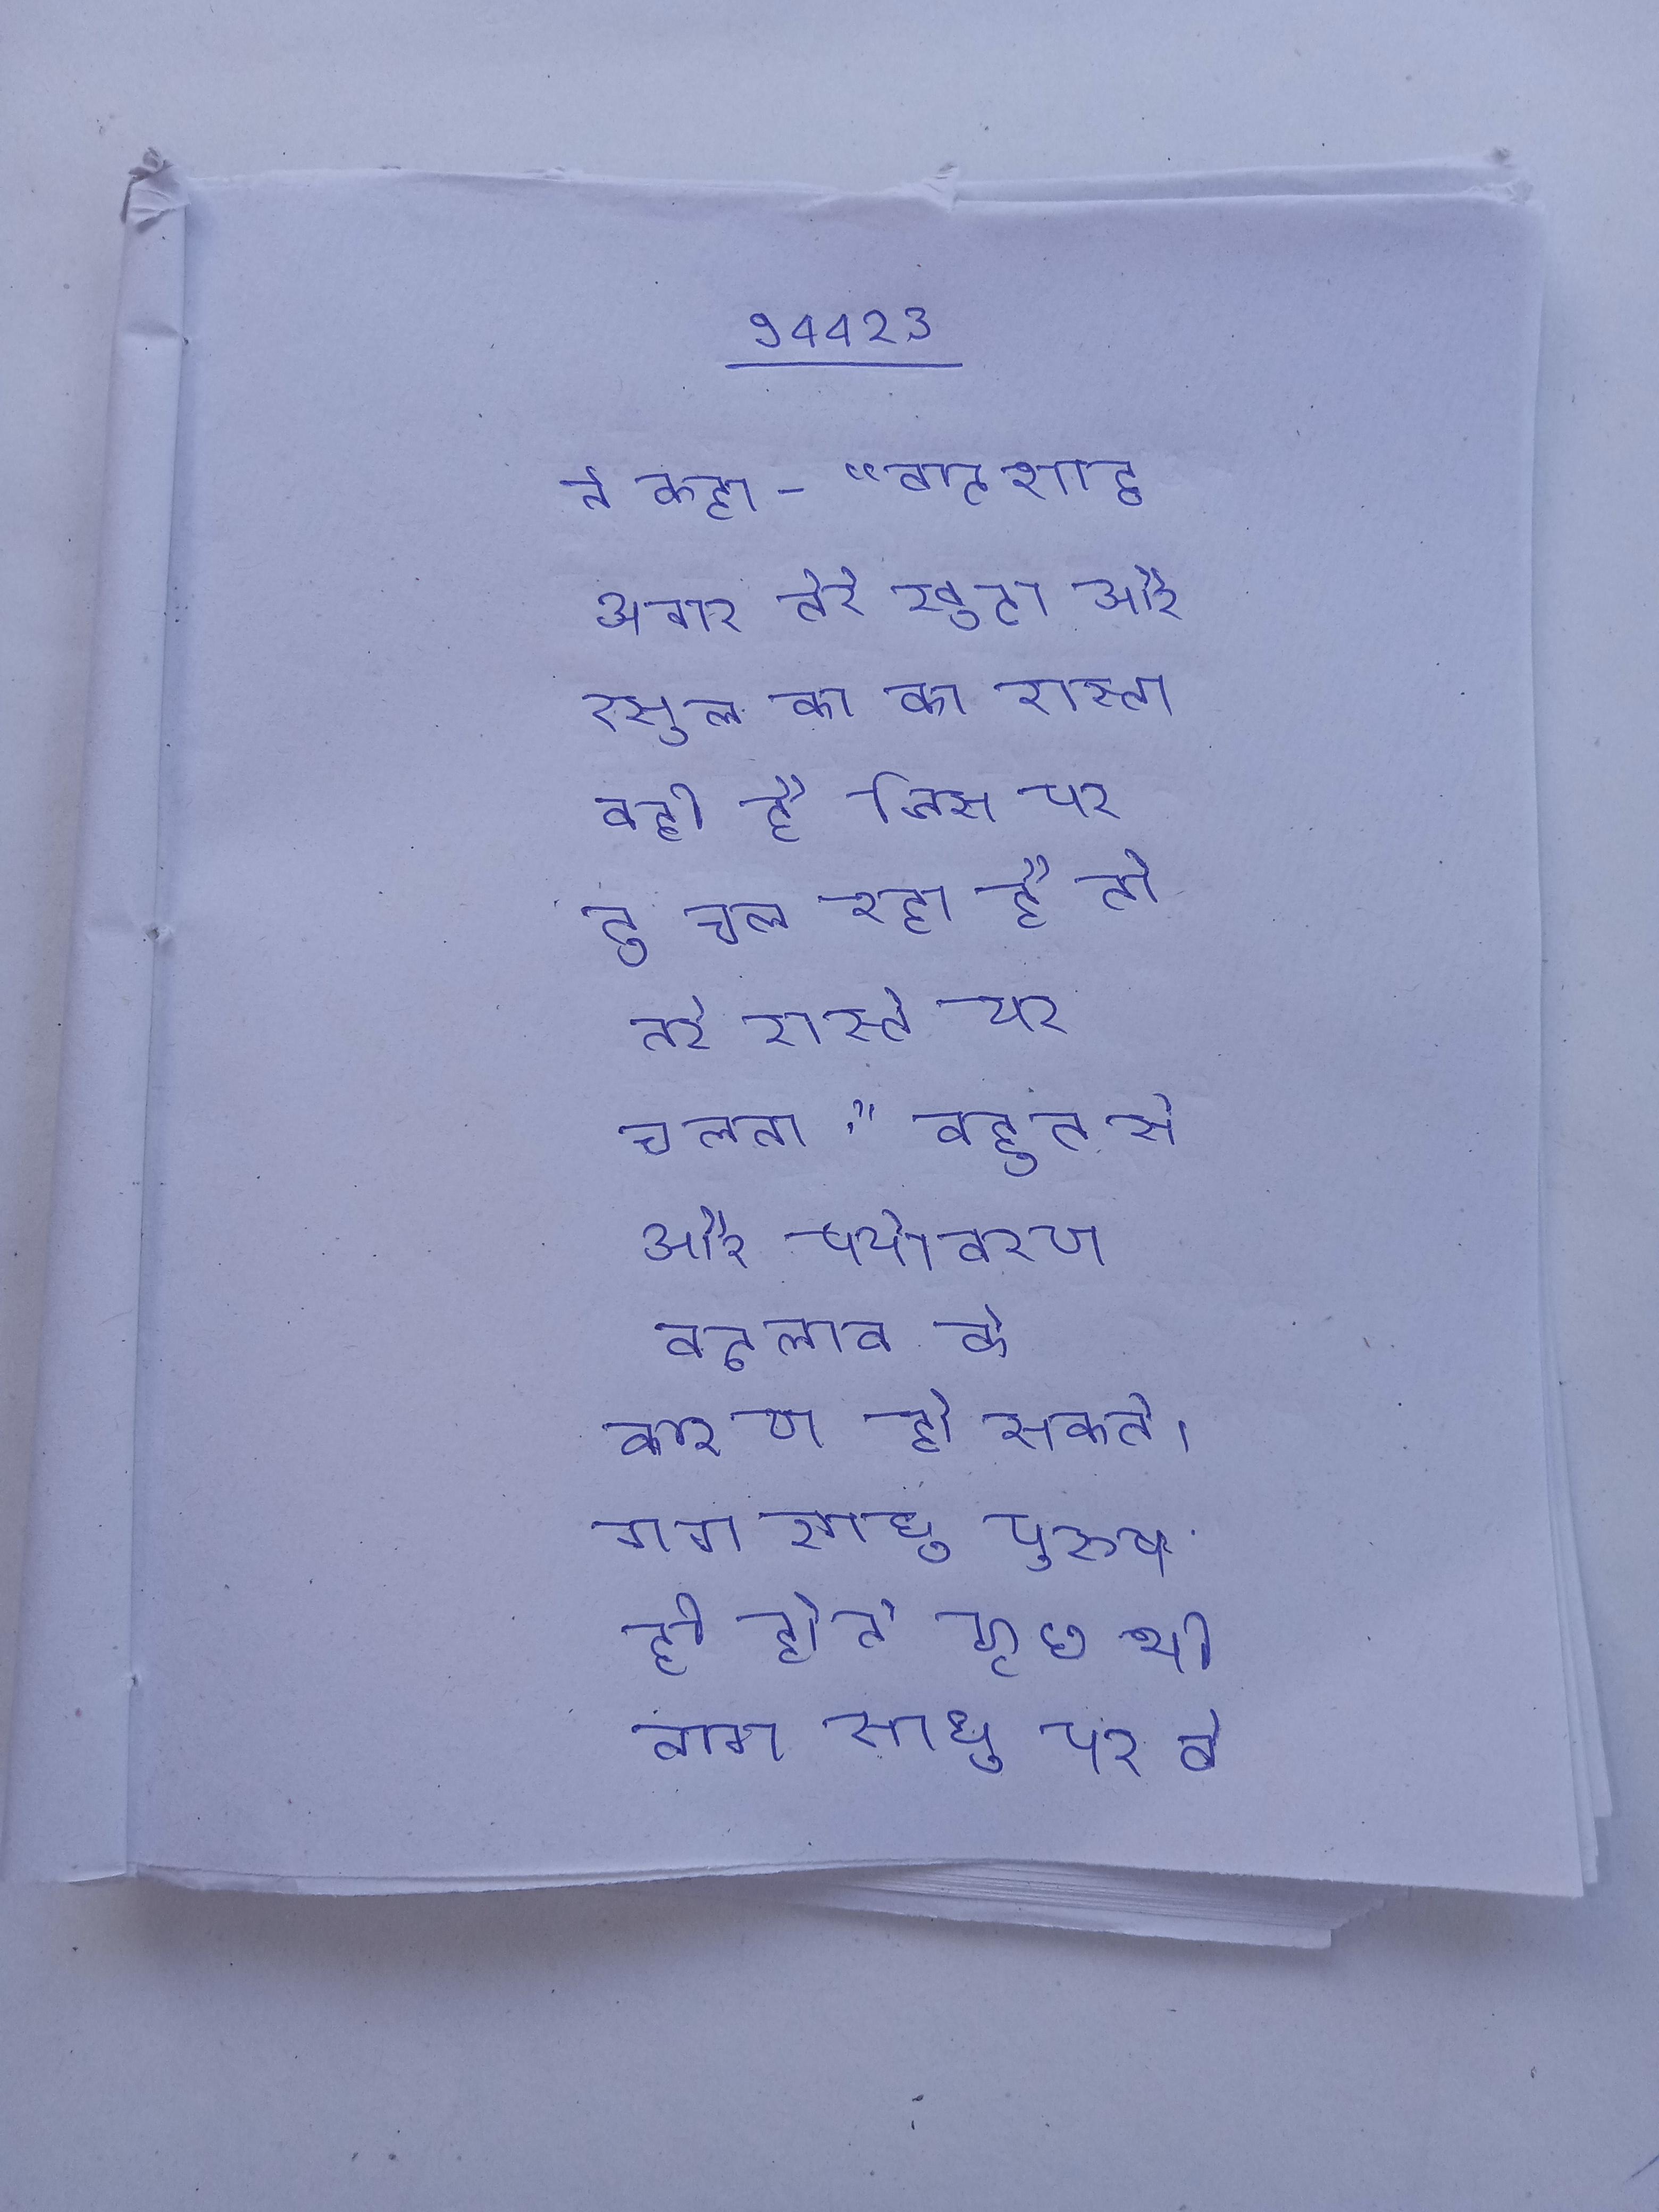
ने कहा - "बादशाह, अगर तेरे खुदा और रसूल का का रास्ता वही है जिस पर तू चल रहा है तो तेरे रास्ते पर चलना." बहुत से और पर्यावरण बदलाव के कारण हो सकते । नागा साधु पुरुष ही होते कुछ भी नागा साधु पर वे सार्वजनिक रूप से नग्न रहती अपितु एक गेरुवा वस्त्र लपेटे रहती ।